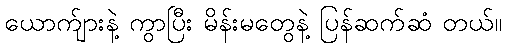
ယောက်ျားနဲ့ ကွာပြီး မိန်းမတွေနဲ့ ပြန်ဆက်ဆံ တယ်။